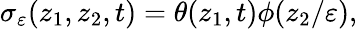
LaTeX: \sigma_{\varepsilon}(z_{1},z_{2},t)=\theta(z_{1},t)\phi(z_{2}/\varepsilon),